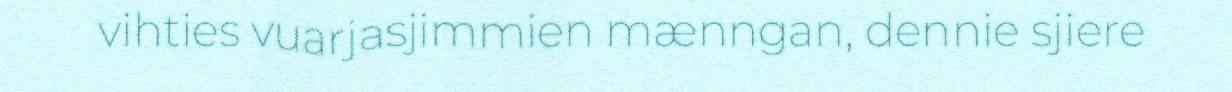
vihties vuarjasjimmien mænngan, dennie sjiere